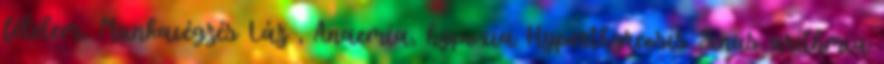
félelem, Munkavégzés Láz , Anaemia, hypoxia Hyperthyreosis Sinus arithmia